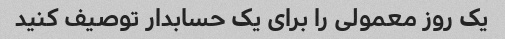
یک روز معمولی را برای یک حسابدار توصیف کنید